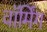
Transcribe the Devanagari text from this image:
वाॅर्मिंग